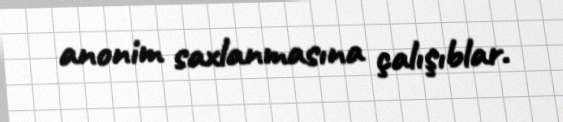
anonim saxlanmasına çalışıblar.